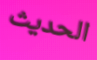
الحديث